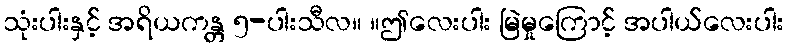
သုံးပါးနှင့် အရိယကန္တ ၅-ပါးသီလ။ ။ဤလေးပါး မြဲမှုကြောင့် အပါယ်လေးပါး